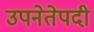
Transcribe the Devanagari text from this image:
उपनेतेपदी